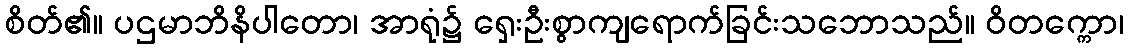
စိတ်၏။ ပဌမာဘိနိပါတော၊ အာရုံ၌ ရှေးဦးစွာကျရောက်ခြင်းသဘောသည်။ ဝိတက္ကော၊